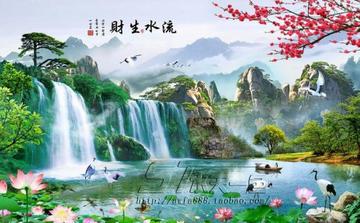
故先民以时生财，固本而用财，则财足。